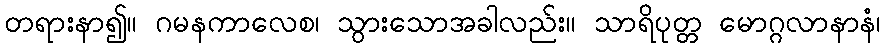
တရားနာ၍။ ဂမနကာလေစ၊ သွားသောအခါလည်း။ သာရိပုတ္တ မောဂ္ဂလာနာနံ၊